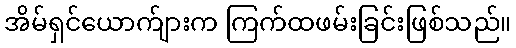
အိမ်ရှင်ယောက်ျားက ကြက်ထဖမ်းခြင်းဖြစ်သည်။